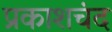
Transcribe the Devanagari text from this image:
प्रकाशचंद